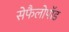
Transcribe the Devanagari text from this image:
सेफैलोपॉड